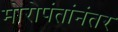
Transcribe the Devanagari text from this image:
मोरोपंतांनंतर